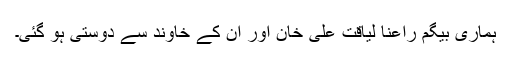
ہماری بیگم راعنا لیاقت علی خان اور ان کے خاوند سے دوستی ہو گئی۔